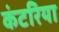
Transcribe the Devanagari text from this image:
कंटरिया